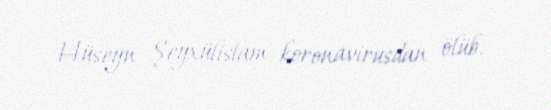
Hüseyn Şeyxülislam koronavirusdan ölüb.